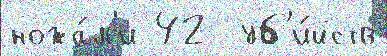
ножа́м'и 42  уб'и́йств